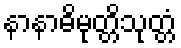
နာနာဓိမုတ္တိသုတ္တံ